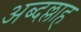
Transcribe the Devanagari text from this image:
अब्दल्लाह